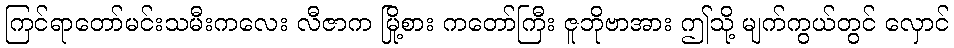
ကြင်ရာတော်မင်းသမီးကလေး လီဇာက မြို့စား ကတော်ကြီး ဇူဘိုဗာအား ဤသို့ မျက်ကွယ်တွင် လှောင်